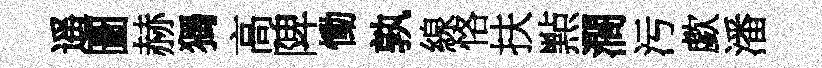
遥圖赫獨高陴慟孰線恪扶㸃濶污歔潘